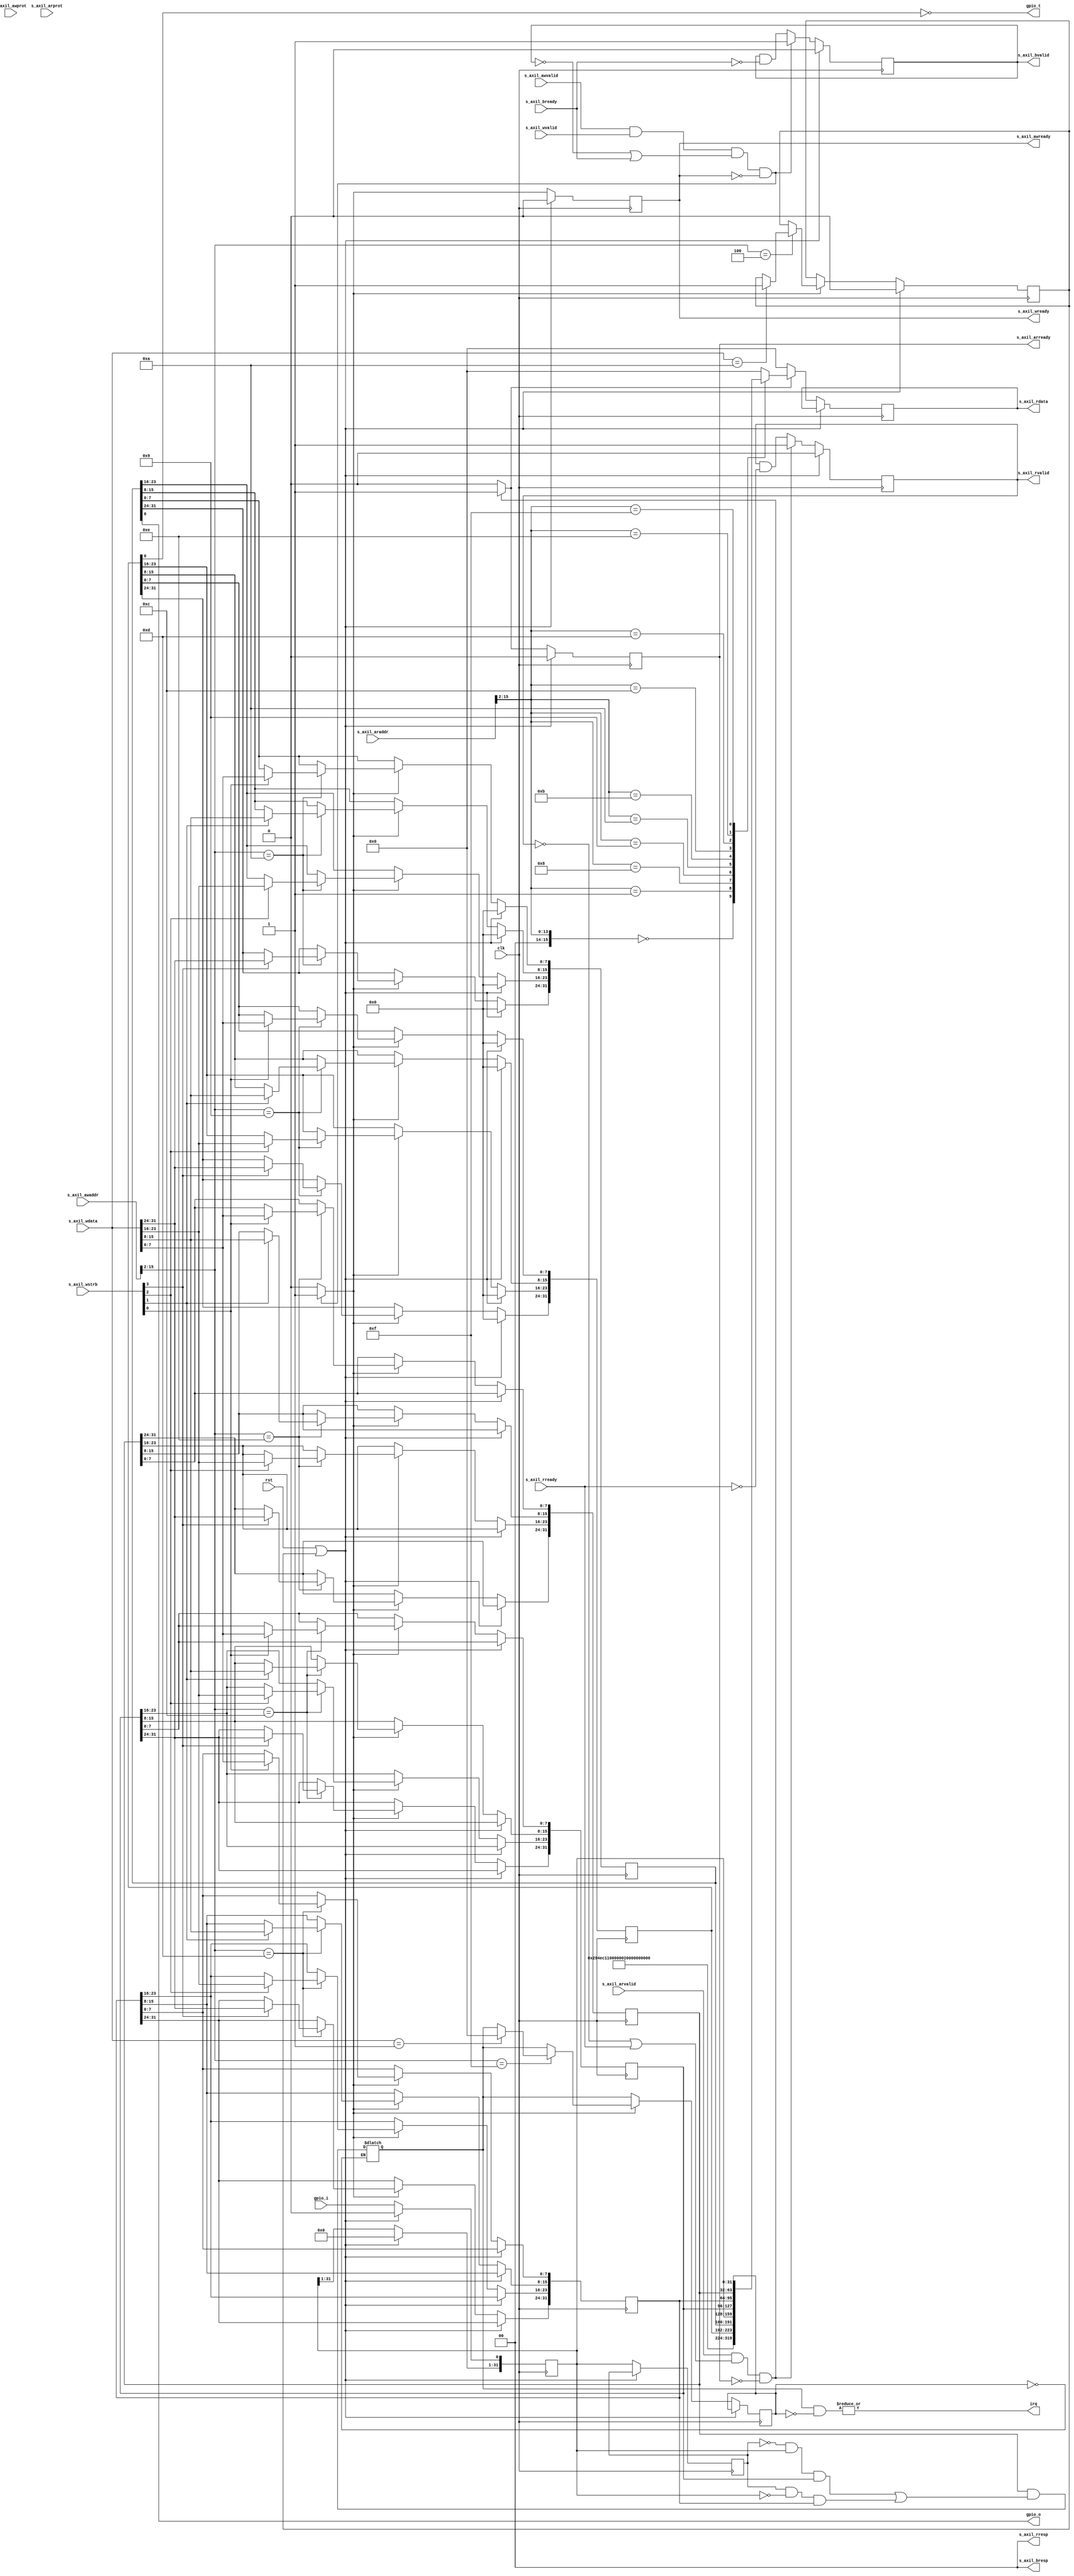
// SPDX-License-Identifier: MIT
// SPDX-FileCopyrightText: 2022 Spencer Chang

`resetall
`timescale 1ns / 1ps
`default_nettype none

/*
 * GPIO master AXI lite wrapper
 */
module gpio_axil #
(
    parameter NUM_GPIO = 1, // 1-32 allowed

    parameter AXIL_ADDR_WIDTH = 16,
    parameter AXIL_ADDR_BASE = 0,
    parameter RB_NEXT_PTR = 0
)
(
    input  wire                         clk,
    input  wire                         rst,

    /*
     * Host interface
     */
    input  wire [AXIL_ADDR_WIDTH-1:0]   s_axil_awaddr,
    input  wire [2:0]                   s_axil_awprot,
    input  wire                         s_axil_awvalid,
    output wire                         s_axil_awready,
    input  wire [31:0]                  s_axil_wdata,
    input  wire [3:0]                   s_axil_wstrb,
    input  wire                         s_axil_wvalid,
    output wire                         s_axil_wready,
    output wire [1:0]                   s_axil_bresp,
    output wire                         s_axil_bvalid,
    input  wire                         s_axil_bready,
    input  wire [AXIL_ADDR_WIDTH-1:0]   s_axil_araddr,
    input  wire [2:0]                   s_axil_arprot,
    input  wire                         s_axil_arvalid,
    output wire                         s_axil_arready,
    output wire [31:0]                  s_axil_rdata,
    output wire [1:0]                   s_axil_rresp,
    output wire                         s_axil_rvalid,
    input  wire                         s_axil_rready,

    /*
     * GPIO interface
     */
    output wire                         irq,
    input  wire [NUM_GPIO-1:0]          gpio_i,
    output wire [NUM_GPIO-1:0]          gpio_t,
    output wire [NUM_GPIO-1:0]          gpio_o
);
/*

ID Register: (AXIL_ADDR_BASE + 0x00) (RO)

Identifies that this register section contains an GPIO block: 0x294E_C110


-----------------------------------------------------------------------
Revision Register: (AXIL_ADDR_BASE + 0x04) (RO)

Identifies the revision of the HDL code: 0x0000_0100


-----------------------------------------------------------------------
Pointer Register: (AXIL_ADDR_BASE + 0x08) (RO)

Contains the data specified by the parameter RB_NEXT_PTR. The intended
use is for the main driver to automatically load the respective sub-drivers
using the ID and the pointer to the next driver to be loaded.

Default: 0 (settable by parameter RB_NEXT_PTR)

-----------------------------------------------------------------------
Software Reset Register: (AXIL_ADDR_BASE + 0x10) (WO)

Write 0x0000_000A to perform a software reset

-----------------------------------------------------------------------
GPIO Info Register: (AXIL_ADDR_BASE + 0x20) (RO)

The number of GPIOs available to use.

-----------------------------------------------------------------------
GPIO Data Direction Register: (AXIL_ADDR_BASE + 0x24) (RW)

The data direction register of length N (determined by NUM_GPIO). A set bit
indicates that that GPIO should be an output. This register is 0x00 on reset.

Bit  31-N: Reserved
Bit N-1:0: A 1 bit indicates that the corresponding GPIO is an output.

-----------------------------------------------------------------------
GPIO Data Out Register: (AXIL_ADDR_BASE + 0x28) (RW)

The data output register of length N (determined by NUM_GPIO). When both the
DDR and OUT bit is set, a data high is asserted on the pin. If the DDR is set
while the OUT bit is unset, a data low is asserted on the corresponding pin.

-----------------------------------------------------------------------
GPIO Data In Register: (AXIL_ADDR_BASE + 0x2C) (RO)

The data input register of length N (determined by NUM_GPIO). When a bit is set,
this indicates that a logic 1 is asserted on the pin. If the bit is unset, a
logic 0 is asserted on the pin.

-----------------------------------------------------------------------
GPIO Data Input Interrupt Rising Edge Register: (AXIL_ADDR_BASE + 0x30) (RW)

The data input register of length N (determined by NUM_GPIO). When a bit is set,
a rising edge on the corresponding input pin will trigger an interrupt request.

-----------------------------------------------------------------------
GPIO Data Input Interrupt Falling Edge Register: (AXIL_ADDR_BASE + 0x34) (RW)

The data input register of length N (determined by NUM_GPIO). When a bit is set,
a falling edge on the corresponding input pin will trigger an interrupt request.

-----------------------------------------------------------------------
GPIO Data Input Interrupt Enable Register: (AXIL_ADDR_BASE + 0x38) (RW)

The data input register of length N (determined by NUM_GPIO). When a bit is set,
an edge on the corresponding input pin will trigger an interrupt request so long as the
edge type matches that of the input control register and interrupts are enabled.

-----------------------------------------------------------------------
GPIO Data Input Interrupt Status Register: (AXIL_ADDR_BASE + 0x3C) (RW1C)

Write 1 to clear this register. The data input register of length N (determined by NUM_GPIO).
Read this register after an IRQ pulse to determine which pin triggered the interrupt. If multiple
interrupts are triggered, this register will hold the first trigger.

*/

// AXIL
reg s_axil_awready_reg = 1'b0, s_axil_awready_next;
reg s_axil_wready_reg = 1'b0, s_axil_wready_next;
reg s_axil_bvalid_reg = 1'b0, s_axil_bvalid_next;
reg s_axil_arready_reg = 1'b0, s_axil_arready_next;
reg [31:0] s_axil_rdata_reg = 32'd0, s_axil_rdata_next;
reg s_axil_rvalid_reg = 1'b0, s_axil_rvalid_next;
reg do_axil_write, do_axil_read;

assign s_axil_awready = s_axil_awready_reg;
assign s_axil_wready = s_axil_wready_reg;
assign s_axil_bresp = 2'b00;
assign s_axil_bvalid = s_axil_bvalid_reg;

assign s_axil_arready = s_axil_arready_reg;
assign s_axil_rdata = s_axil_rdata_reg;
assign s_axil_rresp = 2'b00;
assign s_axil_rvalid = s_axil_rvalid_reg;

// AXIS - For Transmitting
reg [31:0] axis_write_tdata = 32'd0;
reg axis_write_tvalid = 1'b0, axis_write_tvalid_next;
wire axis_write_tready;

wire [31:0] axis_write_ext_tdata;
wire axis_write_ext_tvalid;
wire axis_write_ext_tready;

// AXIS - For Receiving
wire [31:0] axis_read_tdata;
wire axis_read_tvalid;
reg  axis_read_tready = 1'b0;

wire [31:0] axis_read_ext_tdata;
wire axis_read_ext_tvalid;
wire axis_read_ext_tready;

// software reset
reg software_rst = 0;

// gpio registers
reg [31:0] data_direct_reg = 32'b0;
reg [31:0] data_output_reg = 32'b0;
reg [31:0]  data_input_reg = 32'b0;

assign gpio_o = data_output_reg[NUM_GPIO-1:0];
assign gpio_t = ~data_direct_reg[NUM_GPIO-1:0];

// interrupts
reg [31:0] irq_redge_en = 32'b0;
reg [31:0] irq_fedge_en = 32'b0;
reg [31:0] irq_status_summary = 32'b0;
reg [31:0] irq_status_summary_last = 32'b0;
reg [31:0] irq_bit_mask = 32'b0;

reg [31:0] data_input_reg_last = 32'b0;
wire [31:0] data_input_redge;
wire [31:0] data_input_fedge;

assign data_input_redge = (~data_input_reg_last & data_input_reg);
assign data_input_fedge = (data_input_reg_last & ~data_input_reg);
assign irq = (|(irq_status_summary & ~irq_status_summary_last));


/*
 * AXIL Write Transaction
 */

always @* begin

    axis_write_tvalid_next = axis_write_tready ? 1'b0 : axis_write_tvalid;

    // axil write transaction
    do_axil_write = 1'b0;

    s_axil_awready_next = 1'b0;
    s_axil_wready_next = 1'b0;
    s_axil_bvalid_next = s_axil_bvalid_reg && !s_axil_bready;

    if (s_axil_awvalid && s_axil_wvalid && (!s_axil_bvalid || s_axil_bready) && (!s_axil_awready && !s_axil_wready)) begin
        s_axil_awready_next = 1'b1;
        s_axil_wready_next = 1'b1;
        s_axil_bvalid_next = 1'b1;

        do_axil_write = 1'b1;
    end
end
always @(posedge clk) begin
    if (rst || software_rst) begin
        s_axil_awready_reg <= 1'b0;
        s_axil_wready_reg <= 1'b0;
        s_axil_bvalid_reg <= 1'b0;
        software_rst <= 1'b0;
        axis_write_tvalid <= 1'b0;

        // restore defaults
        data_output_reg <= 32'b0;
        data_input_reg <= 32'b0;
        data_direct_reg <= 32'b0;

    end else begin
        axis_write_tvalid <= axis_write_tvalid_next;

        s_axil_awready_reg <= s_axil_awready_next;
        s_axil_wready_reg <= s_axil_wready_next;
        s_axil_bvalid_reg <= s_axil_bvalid_next;

        data_input_reg[NUM_GPIO-1:0] <= gpio_i;
        data_input_reg_last <= data_input_reg;

        irq_status_summary_last <= irq_status_summary;

        if (do_axil_write) begin
            case ({s_axil_awaddr >> 2, 2'b00})

                // Software Reset Register
                AXIL_ADDR_BASE+8'h10: begin
                    if (s_axil_wdata == 32'h0000000A) begin
                        software_rst <= 1'b1;
                    end
                end

                // GPIO Data Direction Register
                AXIL_ADDR_BASE+8'h24: begin
                    if (s_axil_wstrb[0]) begin
                        data_direct_reg[7:0] <= s_axil_wdata[7:0];
                    end
                    if (s_axil_wstrb[1]) begin
                        data_direct_reg[15:8] <= s_axil_wdata[15:8];
                    end
                    if (s_axil_wstrb[2]) begin
                        data_direct_reg[23:16] <= s_axil_wdata[23:16];
                    end
                    if (s_axil_wstrb[3]) begin
                        data_direct_reg[31:24] <= s_axil_wdata[31:24];
                    end
                end

                // GPIO Data Output Register
                AXIL_ADDR_BASE+8'h28: begin
                    if (s_axil_wstrb[0]) begin
                        data_output_reg[7:0] <= s_axil_wdata[7:0];
                    end
                    if (s_axil_wstrb[1]) begin
                        data_output_reg[15:8] <= s_axil_wdata[15:8];
                    end
                    if (s_axil_wstrb[2]) begin
                        data_output_reg[23:16] <= s_axil_wdata[23:16];
                    end
                    if (s_axil_wstrb[3]) begin
                        data_output_reg[31:24] <= s_axil_wdata[31:24];
                    end
                end

                AXIL_ADDR_BASE+8'h30: begin
                    if (s_axil_wstrb[0]) begin
                        irq_redge_en[7:0] <= s_axil_wdata[7:0];
                    end
                    if (s_axil_wstrb[1]) begin
                        irq_redge_en[15:8] <= s_axil_wdata[15:8];
                    end
                    if (s_axil_wstrb[2]) begin
                        irq_redge_en[23:16] <= s_axil_wdata[23:16];
                    end
                    if (s_axil_wstrb[3]) begin
                        irq_redge_en[31:24] <= s_axil_wdata[31:24];
                    end
                end

                AXIL_ADDR_BASE+8'h34: begin
                    if (s_axil_wstrb[0]) begin
                        irq_fedge_en[7:0] <= s_axil_wdata[7:0];
                    end
                    if (s_axil_wstrb[1]) begin
                        irq_fedge_en[15:8] <= s_axil_wdata[15:8];
                    end
                    if (s_axil_wstrb[2]) begin
                        irq_fedge_en[23:16] <= s_axil_wdata[23:16];
                    end
                    if (s_axil_wstrb[3]) begin
                        irq_fedge_en[31:24] <= s_axil_wdata[31:24];
                    end
                end

                AXIL_ADDR_BASE+8'h38: begin
                    if (s_axil_wstrb[0]) begin
                        irq_bit_mask[7:0] <= s_axil_wdata[7:0];
                    end
                    if (s_axil_wstrb[1]) begin
                        irq_bit_mask[15:8] <= s_axil_wdata[15:8];
                    end
                    if (s_axil_wstrb[2]) begin
                        irq_bit_mask[23:16] <= s_axil_wdata[23:16];
                    end
                    if (s_axil_wstrb[3]) begin
                        irq_bit_mask[31:24] <= s_axil_wdata[31:24];
                    end
                end

                AXIL_ADDR_BASE+8'h3C: begin
                    if (s_axil_wdata == 32'd01) begin
                        irq_status_summary_last <= 32'd0;
                    end
                end

                default: ;
            endcase
        end // do_axil_write
    end
end

/*
 * AXIL Read Transaction
 */
always @* begin
    do_axil_read = 1'b0;

    s_axil_arready_next = 1'b0;
    s_axil_rvalid_next = s_axil_rvalid_reg && !s_axil_rready;

    if (s_axil_arvalid && (!s_axil_rvalid || s_axil_rready) && (!s_axil_arready)) begin
        s_axil_arready_next = 1'b1;
        s_axil_rvalid_next = 1'b1;

        do_axil_read = 1'b1;
    end
end
always @(posedge clk) begin
    if (rst || software_rst) begin
        s_axil_arready_reg <= 1'b0;
        s_axil_rvalid_reg <= 1'b0;
    end else begin
        axis_read_tready <= 1'b0;

        s_axil_arready_reg <= s_axil_arready_next;
        s_axil_rvalid_reg <= s_axil_rvalid_next;
        s_axil_rdata_reg <= 32'd0;

        if (do_axil_read) begin
            case ({s_axil_araddr >> 2, 2'b00})
                // ID Register
                AXIL_ADDR_BASE+8'h00: s_axil_rdata_reg <= 32'h294EC110;

                // Revision Register
                AXIL_ADDR_BASE+8'h04: s_axil_rdata_reg <= 32'h00000100;

                // Pointer Register
                AXIL_ADDR_BASE+8'h08: s_axil_rdata_reg <= RB_NEXT_PTR;

                // GPIO Info Register
                AXIL_ADDR_BASE+8'h20: s_axil_rdata_reg <= NUM_GPIO;

                // GPIO Data Direction Register
                AXIL_ADDR_BASE+8'h24: s_axil_rdata_reg <= data_direct_reg;

                // GPIO Data Output Register
                AXIL_ADDR_BASE+8'h28: s_axil_rdata_reg <= data_output_reg;

                // GPIO Data Input Register
                AXIL_ADDR_BASE+8'h2C: s_axil_rdata_reg <= data_input_reg;

                // GPIO Input Interrupt Rising Edge Trigger Register
                AXIL_ADDR_BASE+8'h30: s_axil_rdata_reg <= irq_redge_en;

                // GPIO Input Interrupt Falling Edge Trigger Register
                AXIL_ADDR_BASE+8'h34: s_axil_rdata_reg <= irq_fedge_en;

                // GPIO Input Interrupt Mask Register
                AXIL_ADDR_BASE+8'h38: s_axil_rdata_reg <= irq_bit_mask;

                // GPIO Input Interrupt Mask Register
                AXIL_ADDR_BASE+8'h3C: s_axil_rdata_reg <= irq_status_summary_last;
                default: ;
            endcase
        end // do_axil_read
    end
end

always @* begin
    if (irq_status_summary_last == 32'd0) begin
        irq_status_summary = irq_bit_mask & (
                                (data_input_redge & irq_redge_en) |
                                (data_input_fedge & irq_fedge_en)
                            );
    end
end

endmodule
`resetall